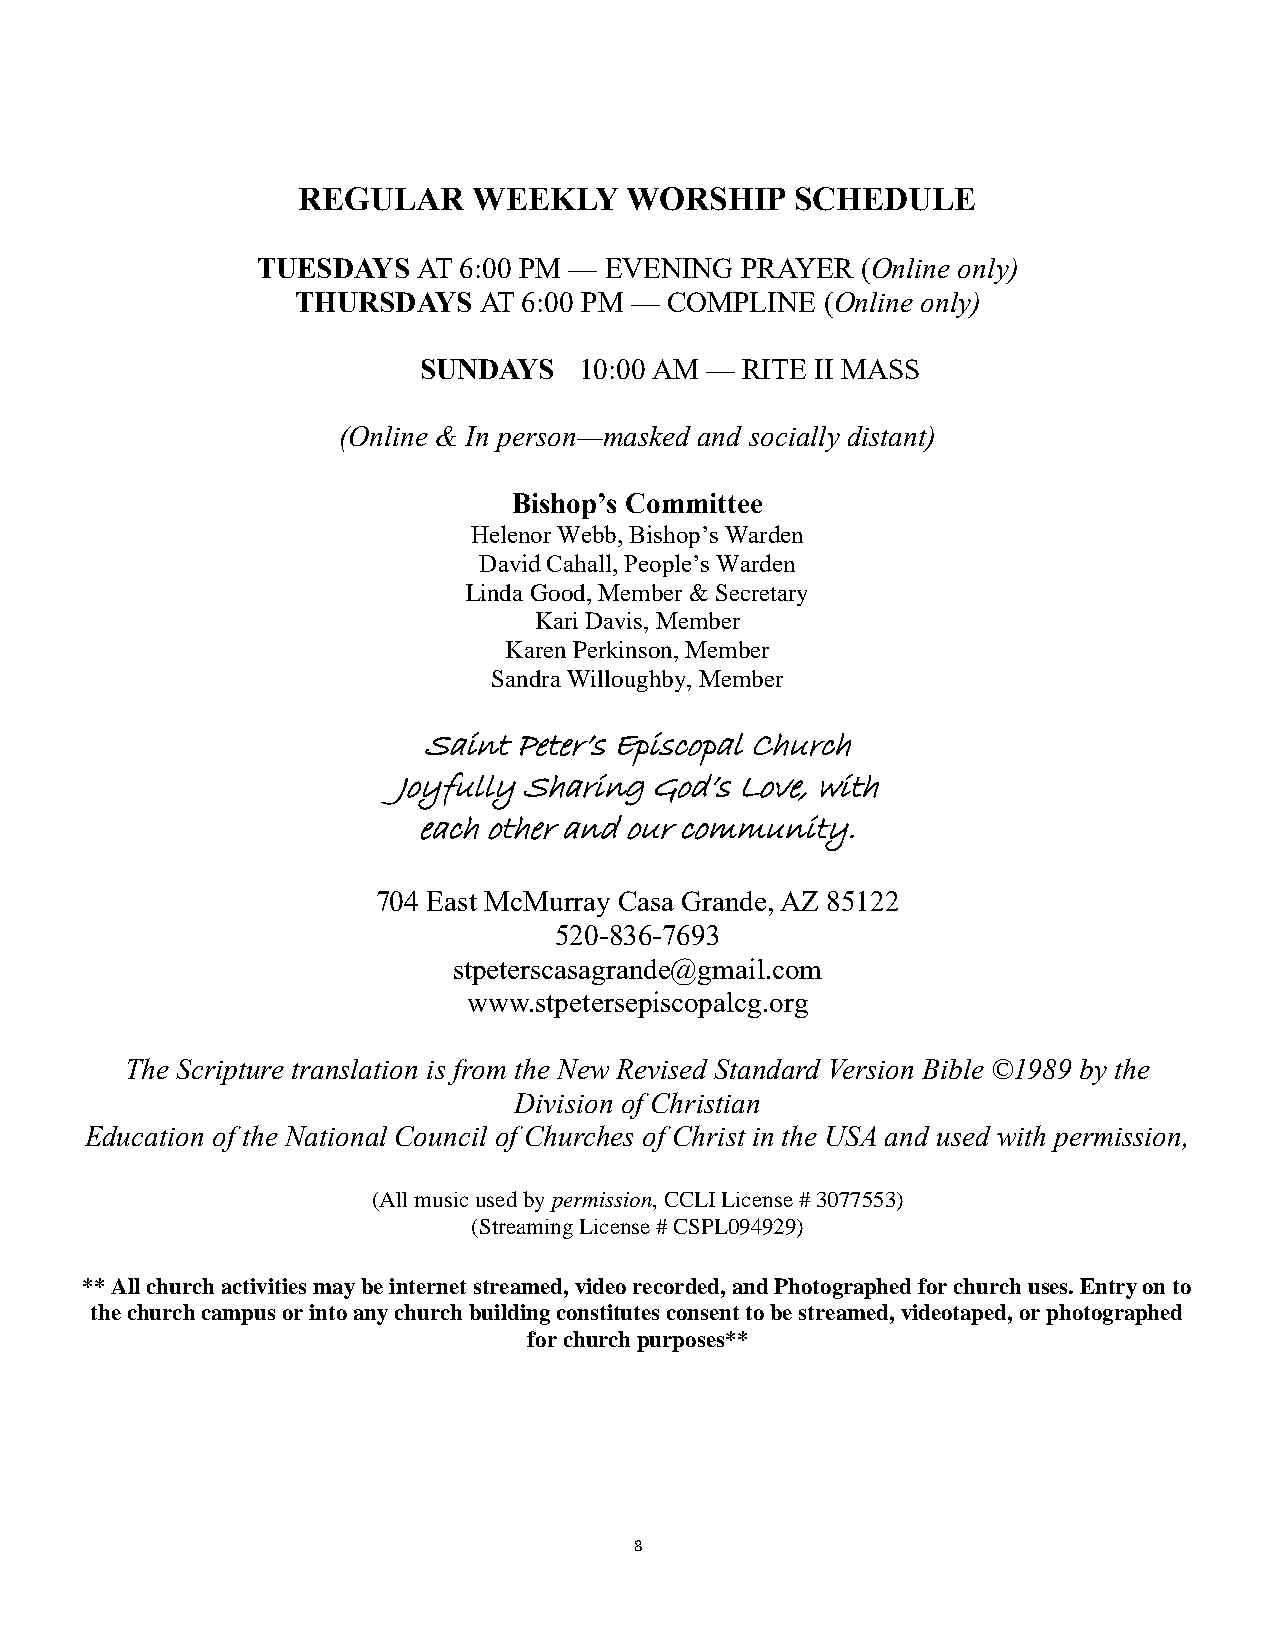
REGULAR    WEEKLY    WORSHIP     SCHEDULE
 TUESDAYS   AT 6:00 PM — EVENING PRAYER  (Online only)
 THURSDAYS   AT 6:00 PM — COMPLINE  (Online only)
 SUNDAYS   10:00 AM — RITE II MASS
 (Online & In person—masked and socially distant)
 Bishop’s Committee
 Helenor Webb, Bishop’s Warden
 David Cahall, People’s Warden
 Linda Good, Member & Secretary
 Kari Davis, Member
 Karen Perkinson, Member
 Sandra Willoughby, Member
 Saint Peter’s Episcopal Church
 Joyfully Sharing God’s Love, with
 each other and our community.
 704 East McMurray Casa Grande, AZ 85122
 520-836-7693
 stpeterscasagrande@gmail.com
 www.stpetersepiscopalcg.org
 The Scripture translation is from the New Revised Standard Version Bible ©1989 by the
 Division of Christian
 Education of the National Council of Churches of Christ in the USA and used with permission,
 (All music used by permission, CCLI License # 3077553)
 (Streaming License # CSPL094929)
 ** All church activities may be internet streamed, video recorded, and Photographed for church uses. Entry on to
 the church campus or into any church building constitutes consent to be streamed, videotaped, or photographed
 for church purposes**
 8